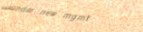
under new mgmt